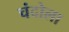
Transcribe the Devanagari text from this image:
चंदोला